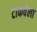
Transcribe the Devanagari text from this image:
टाकवेला